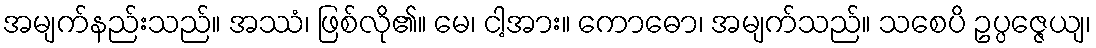
အမျက်နည်းသည်။ အဿံ၊ ဖြစ်လို၏။ မေ၊ ငါ့အား။ ကောဓော၊ အမျက်သည်။ သစေပိ ဥပ္ပဇ္ဇေယျ၊